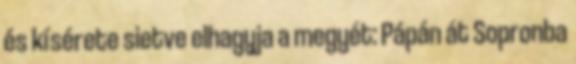
és kísérete sietve elhagyja a megyét: Pápán át Sopronba